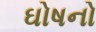
ઘોષનો